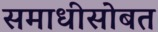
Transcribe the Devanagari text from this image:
समाधीसोबत